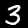
Digit: 3